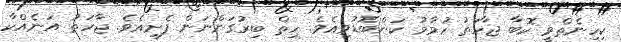
ކިހިނެތްވީ ކޮބާ ޖާހަތު ހުމާމު ކަންބޮޑުވިއެވެ. ހިތް ބިރުގަންނަން ފެށިއެވެ. ޖާހަތު އަނެއްކާ